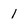
Character: 1